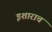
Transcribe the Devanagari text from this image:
इशाराच